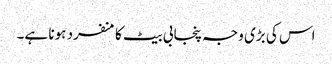
اس کی بڑی وجہ پنجابی بیٹ کا منفرد ہونا ہے۔